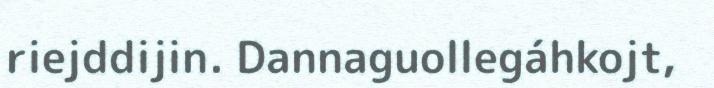
riejddijin. Dannaguollegáhkojt,